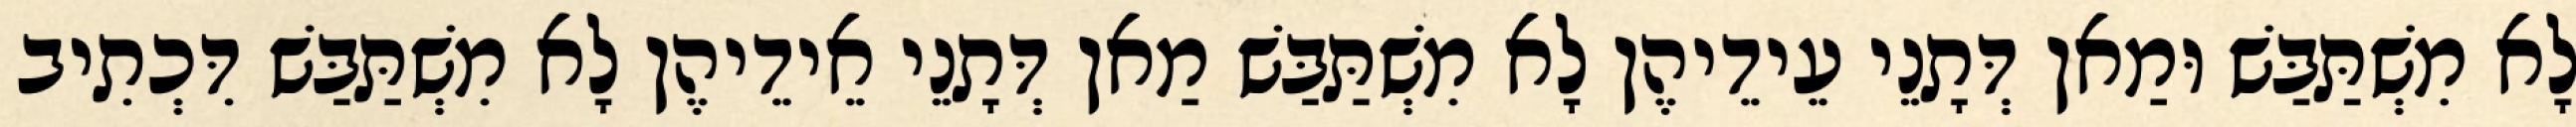
לָא מִשְׁתַּבַּשׁ וּמַאן דְּתָנֵי עֵידֵיהֶן לָא מִשְׁתַּבַּשׁ מַאן דְּתָנֵי אֵידֵיהֶן לָא מִשְׁתַּבַּשׁ דִּכְתִיב